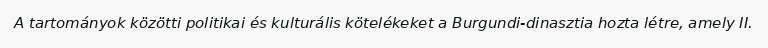
A tartományok közötti politikai és kulturális kötelékeket a Burgundi-dinasztia hozta létre, amely II.